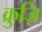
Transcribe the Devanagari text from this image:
क्रुज़ि